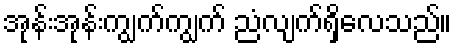
အုန်းအုန်းကျွက်ကျွက် ညံလျက်ရှိလေသည်။